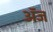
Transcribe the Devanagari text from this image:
अॅज